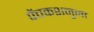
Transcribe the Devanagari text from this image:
पेंचकशनुमा